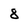
Character: 8